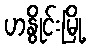
ဟနွိုင်းမြို့